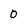
Character: 0